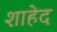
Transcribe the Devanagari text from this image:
शाहेद